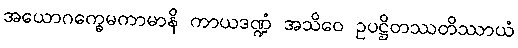
အယောဂက္ခေမကာမာနိ ကာယဒဏ္ဍံ အသိဝေ ဥပဋ္ဌိတဿတိဿာယံ